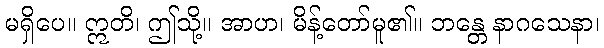
မရှိပေ။ ဣတိ၊ ဤသို့။ အာဟ၊ မိန့်တော်မူ၏။ ဘန္တေ နာဂသေနာ၊